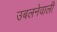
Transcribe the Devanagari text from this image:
उबलनेवाली